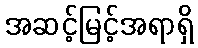
အဆင့်မြင့်အရာရှိ